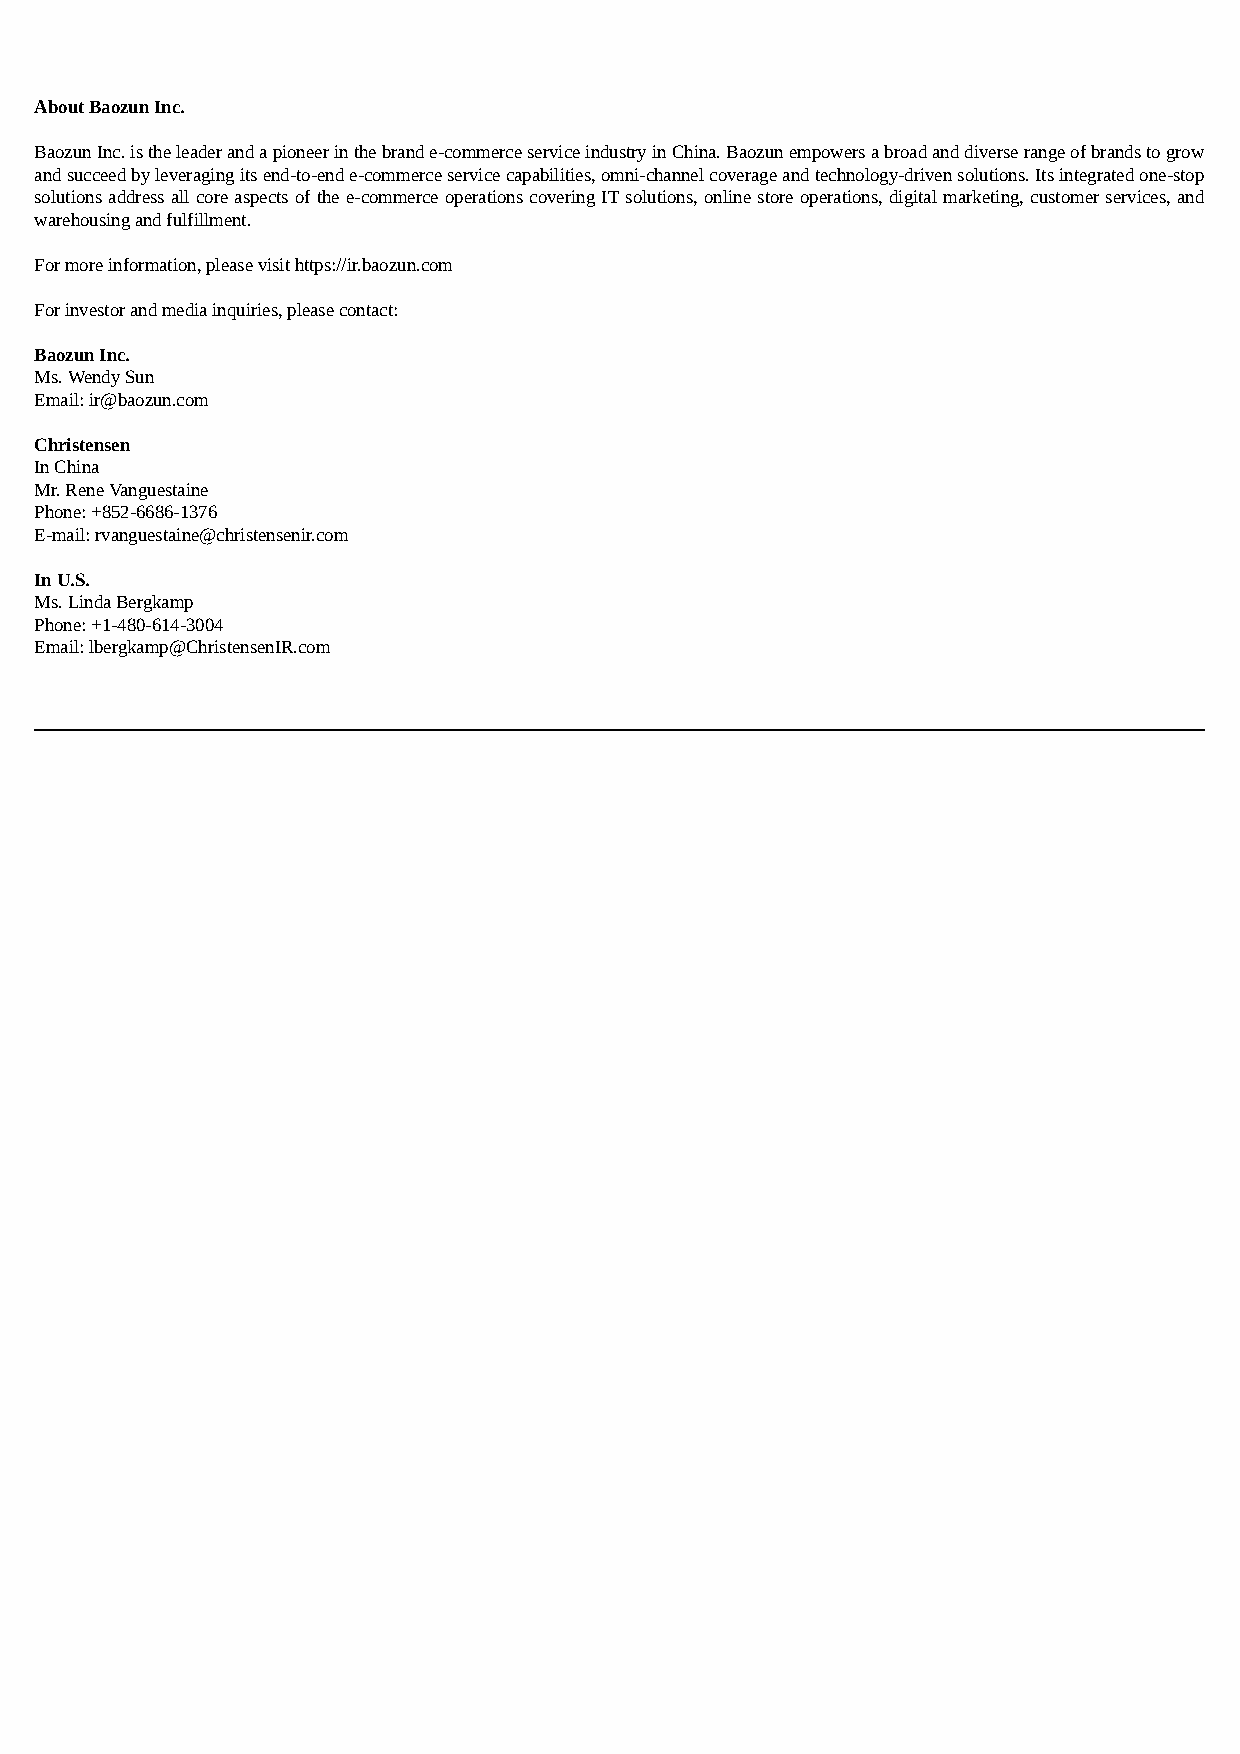
About Baozun Inc.
 Baozun Inc. is the leader and a pioneer in the brand e-commerce service industry in China. Baozun empowers a broad and diverse range of brands to grow
 and succeed by leveraging its end-to-end e-commerce service capabilities, omni-channel coverage and technology-driven solutions. Its integrated one-stop
 solutions address all core aspects of the e-commerce operations covering IT solutions, online store operations, digital marketing, customer services, and
 warehousing and fulfillment.
 For more information, please visit https://ir.baozun.com
 For investor and media inquiries, please contact:
 Baozun Inc.
 Ms. Wendy Sun
 Email: ir@baozun.com
 Christensen
 In China
 Mr. Rene Vanguestaine
 Phone: +852-6686-1376
 E-mail: rvanguestaine@christensenir.com
 In U.S.
 Ms. Linda Bergkamp
 Phone: +1-480-614-3004
 Email: lbergkamp@ChristensenIR.com